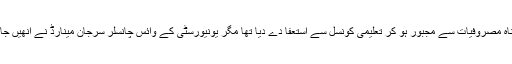
اپنی بے پناہ مصروفیات سے مجبور ہو کر تعلیمی کونسل سے استعفا دے دیا تھا مگر یونیورسٹی کے وائس چانسلر سرجان مینارڈ نے انھیں جانے نہ دیا۔